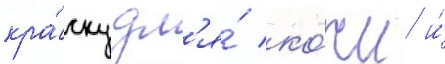
кра́ску дл'я́ ко́жи и́